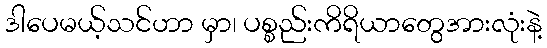
ဒါပေမယ့်သင်ဟာ မှာ၊ ပစ္စည်းကိရိယာတွေအားလုံးနဲ့